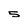
Character: 5